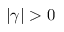
| \gamma | > 0